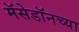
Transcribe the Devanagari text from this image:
मॅसेडॉनच्या